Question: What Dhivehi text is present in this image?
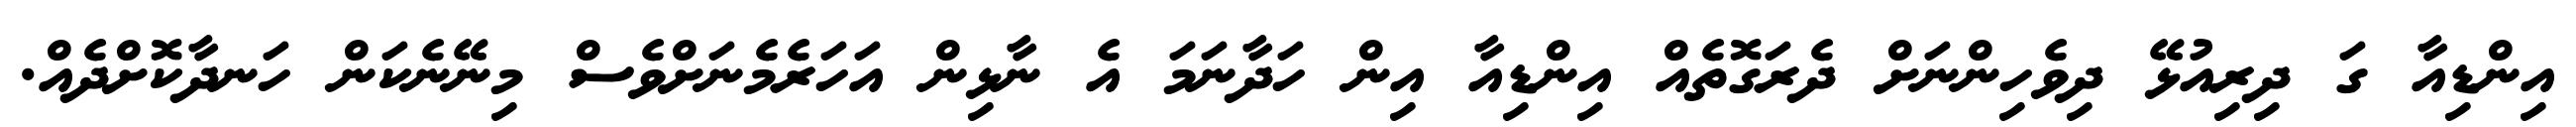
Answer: އިންޑިއާ ގަ ދިރިއުޅޭ ދިވެހިންނަށް ދެރަގޮތެއް އިންޑިއާ އިން ހަދާނަމަ އެ ނާޅިން އަހަރެމެނަށްވެސް މިނޭނެކަން ހަނދާކޮށްދެއް.